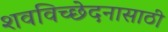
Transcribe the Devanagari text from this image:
शवविच्छेदनासाठी